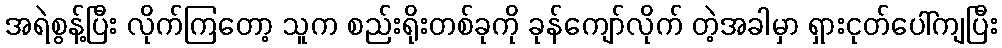
အရဲစွန့်ပြီး လိုက်ကြတော့ သူက စည်းရိုးတစ်ခုကို ခုန်ကျော်လိုက် တဲ့အခါမှာ ရှားငုတ်ပေါ်ကျပြီး